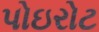
પોઇરોટ